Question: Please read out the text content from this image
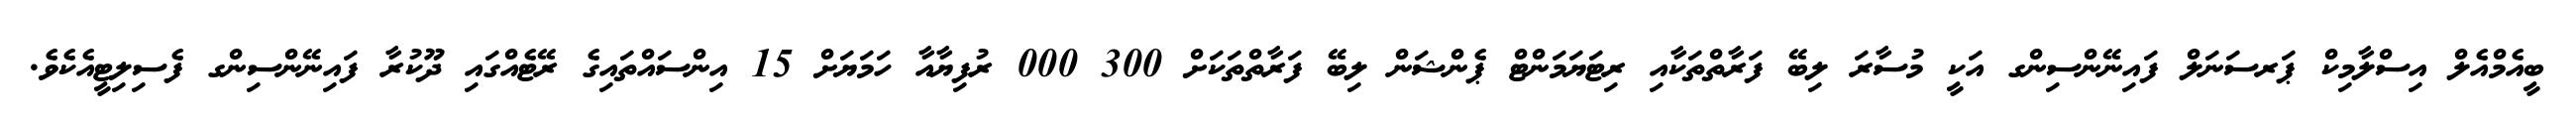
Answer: ބީއެމްއެލް އިސްލާމިކް ޕަރސަނަލް ފައިނޭންސިންގ އަކީ މުސާރަ ލިބޭ ފަރާތްތަކާއި ރިޓަޔަމަންޓް ޕެންޝަން ލިބޭ ފަރާތްތަކަށް 300 000 ރުފިޔާއާ ހަމަޔަށް 15 އިންސައްތައިގެ ރޭޓެއްގައި ދޫކުރާ ފައިނޭންސިންގ ފެސިލިޓީއެކެވެ.